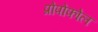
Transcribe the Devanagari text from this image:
प्रोपोफोल